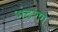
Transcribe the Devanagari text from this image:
भंडरण